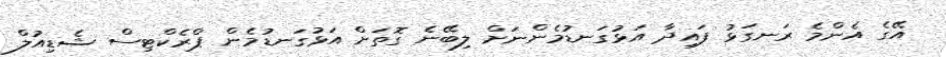
އޭގެ އެންމެ ރަނގަޅު ފައިދާ އަޅުގަނޑުމެންނަށް ލިބޭނެ ގޮތަށް އަޅުގަނޑުމެން ޕްރެކްޓިސް ޝެޑިއުލް